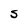
Character: S